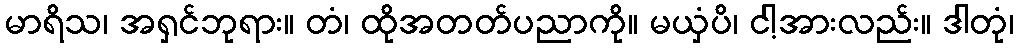
မာရိသ၊ အရှင်ဘုရား။ တံ၊ ထိုအတတ်ပညာကို။ မယှံပိ၊ ငါ့အားလည်း။ ဒါတုံ၊